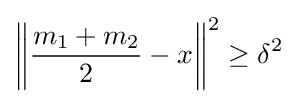
\left\|{\frac {m_{1}+m_{2}}{2}}-x\right\|^{2}\geq \delta ^{2}